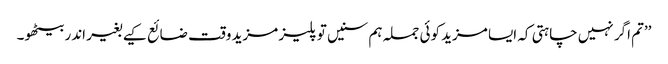
’’تم اگر نہیں چاہتی کہ ایسا مزید کوئی جملہ ہم سنیں تو پلیز مزید وقت ضائع کیے بغیر اندر بیٹھو۔